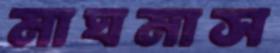
মাঘমাস